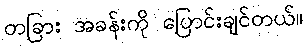
တခြား အခန်းကို ပြောင်းချင်တယ်။